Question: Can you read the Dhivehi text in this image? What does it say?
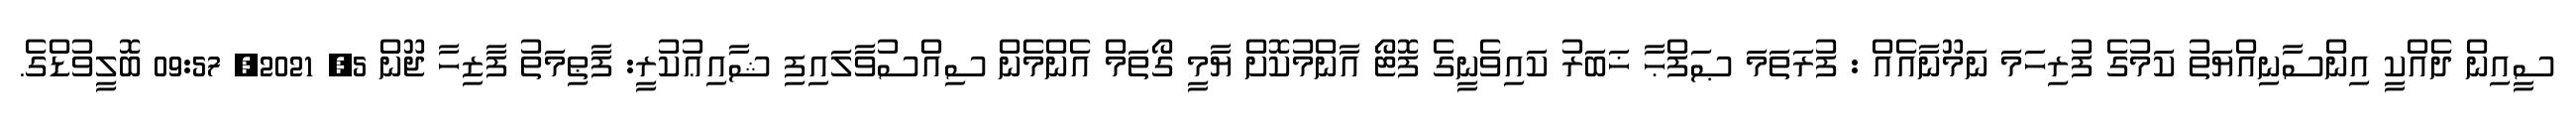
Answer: ސީއިން ދެއްކީ އިންސާނިއްޔަތު ކަމުގެ ފުރިހަމަ ނަމޫނާއެއް : ފުރަތަމަ ޞަފްޙާ ޚަބަރު ކައިވެނީގެ ފޮޓޯ އާންމުކޮށް ޔާމީ ގޯތަމް އެންމެން ސިއްސުވާލައިފި ޝާއިޢުކުރީ: ފާޠިމަތު ފާޒިހާ ޖޫން 5, 2021, 09:57 ބޮލީވުޑްގެ.